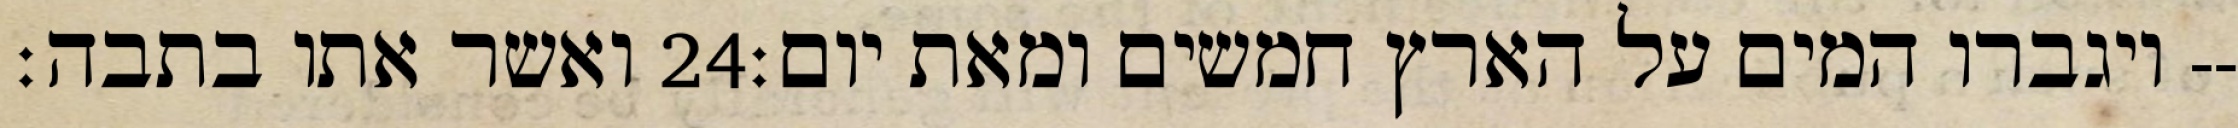
ואשר אתו בתבה׃ ‎24‏ ויגברו המים על הארץ חמשים ומאת יום׃--